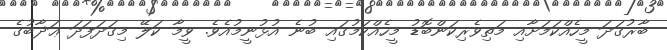
ބާރުގަދަ މީހެއްކަމަށާއި މަތިވެރިކަންބޮޑު މީހެއްކަމުގައި ބުނެ އުޅުނީމުއެވެ. ވީމާ ކަލޭ މިގަދަފަދަ ޢަޛާބުގެ